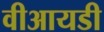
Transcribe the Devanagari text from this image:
वीआयडी